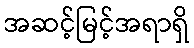
အဆင့်မြင့်အရာရှိ